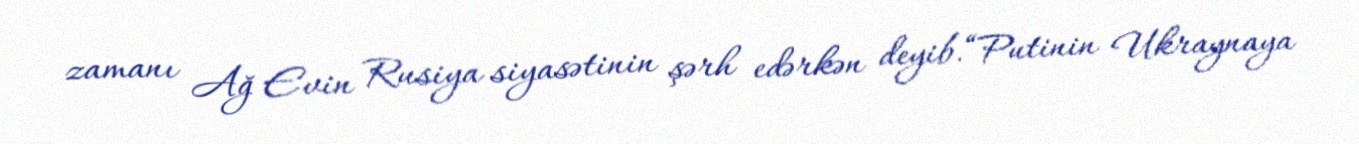
zamanı Ağ Evin Rusiya siyasətinin şərh edərkən deyib.“Putinin Ukraynaya